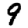
Digit: 9